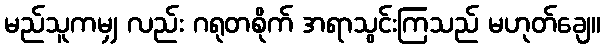
မည်သူကမျှ လည်း ဂရုတစိုက် အရာသွင်းကြသည် မဟုတ်ချေ။